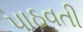
પાઠવતી